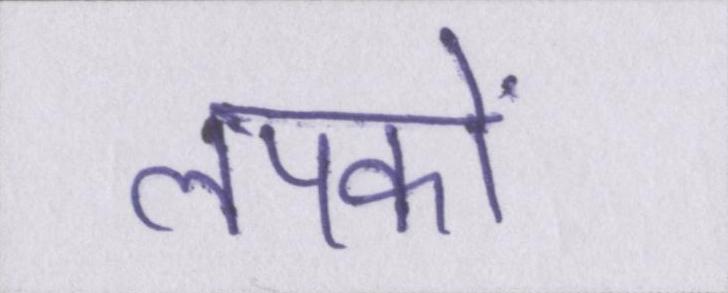
लपकाें